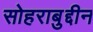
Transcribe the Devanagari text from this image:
सोहराबुद्दीन